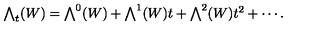
\textstyle \bigwedge _ { t } ( W ) = \bigwedge ^ { 0 } ( W ) + \bigwedge ^ { 1 } ( W ) t + \bigwedge ^ { 2 } ( W ) t ^ { 2 } + \cdots .